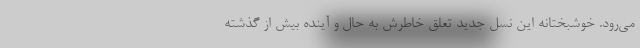
مي‌رود. خوشبختانه اين نسل جديد تعلق خاطرش به حال و آينده بيش از گذشته